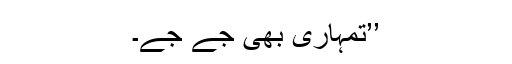
’’تمہاری بھی جے جے۔